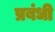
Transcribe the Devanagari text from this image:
प्रबंधी